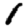
Digit: 1